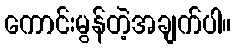
ကောင်းမွန်တဲ့အချက်ပါ။